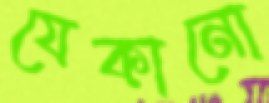
যেকানো